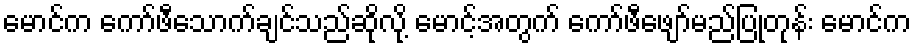
မောင်က ကော်ဖီသောက်ချင်သည်ဆိုလို့ မောင့်အတွက် ကော်ဖီဖျော်မည်ပြုတုန်း မောင်က